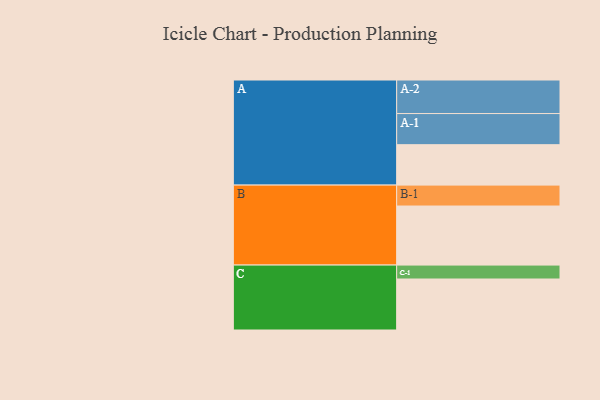
{"axis": {"x": "Segment", "y": "Value"}, "legend": ["", "A", "B", "C"], "data": [{"x": "A", "y": 336, "type": ""}, {"x": "B", "y": 491, "type": ""}, {"x": "C", "y": 424, "type": ""}, {"x": "A-1", "y": 259, "type": "A"}, {"x": "A-2", "y": 279, "type": "A"}, {"x": "B-1", "y": 174, "type": "B"}, {"x": "C-1", "y": 116, "type": "C"}]}